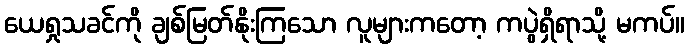
ယေရှုသခင်ကို ချစ်မြတ်နိုးကြသော လူများကတော့ ကပွဲရှိရာသို့ မကပ်။